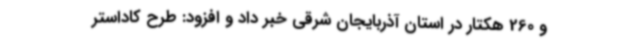
و 260 هکتار در استان آذربایجان شرقی خبر داد و افزود: طرح کاداستر